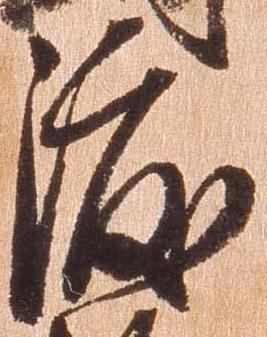
渡